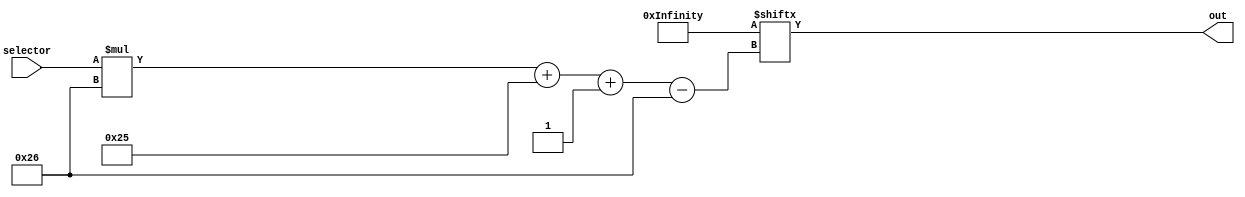
/*
   This file was generated automatically by Alchitry Labs version 1.2.7.
   Do not edit this file directly. Instead edit the original Lucid source.
   This is a temporary file and any changes made to it will be destroyed.
*/

module rom1_12 (
    input [4:0] selector,
    output reg [37:0] out
  );
  
  
  
  localparam INPUTS = 1102'h2000000209fffe000220015c00088001c000b8a0010002a30f04000884003c0012033c4003b69c91a1e0594e8b64a95c280024011518449b858521000e5e0406043b600090006f700000000dc00000007700010000d400000007540158000cc00ec00ef300010001060001fffc17fffffff0400ec00901000000000211271c0c0600127cb00005407ec0;
  
  always @* begin
    out = INPUTS[(selector)*38+37-:38];
  end
endmodule